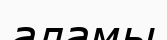
аламы